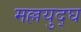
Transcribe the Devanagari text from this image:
मल्लयुद्घ